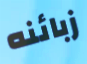
زبائنه